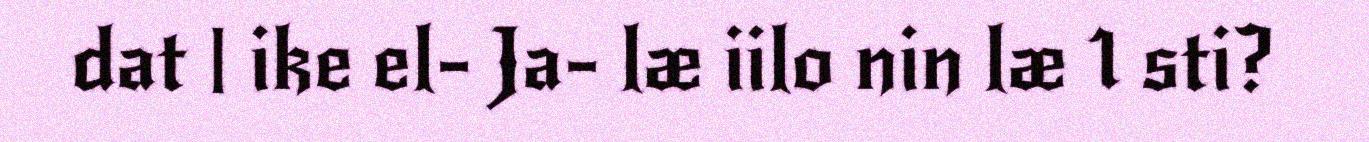
dat | ike el- Ja- læ iilo nin læ 1 sti?